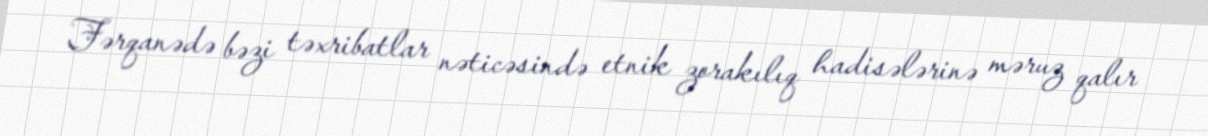
Fərqanədə bəzi təxribatlar nəticəsində etnik zorakılıq hadisələrinə məruz qalır